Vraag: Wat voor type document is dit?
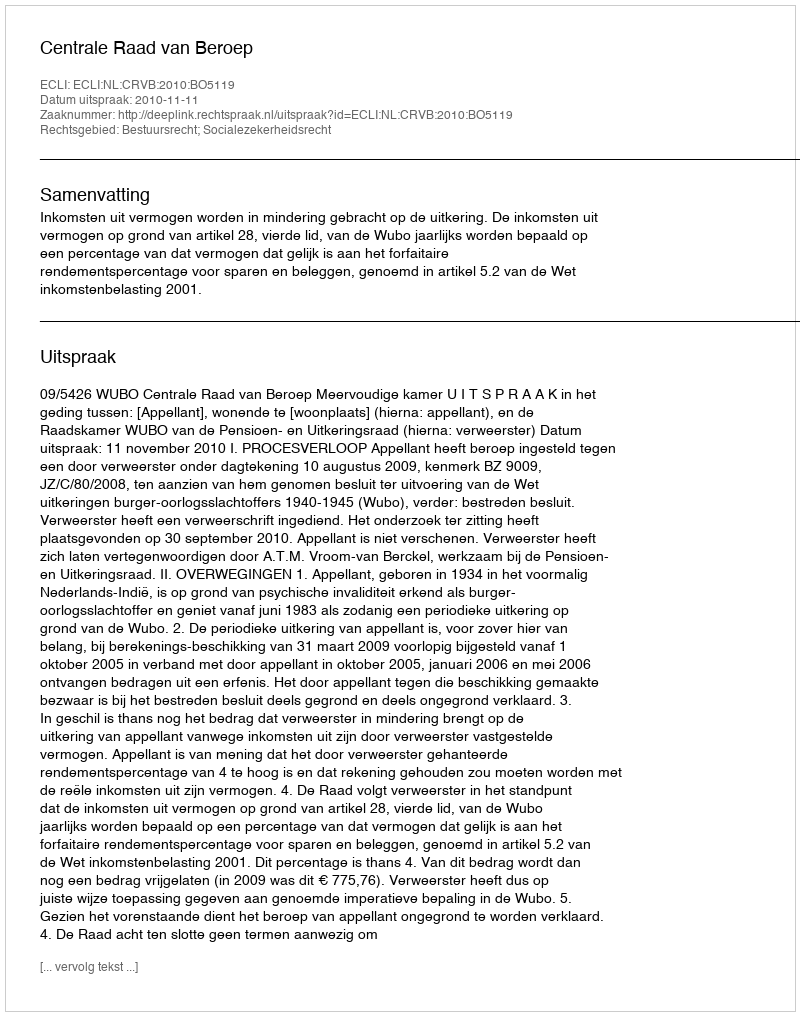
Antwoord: Uitspraak